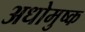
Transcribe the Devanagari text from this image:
अधोमुष्क